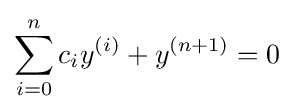
\sum _{i=0}^{n}c_{i}y^{(i)}+y^{(n+1)}=0